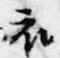
衣